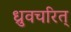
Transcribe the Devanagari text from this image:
ध्रुवचरित्